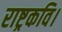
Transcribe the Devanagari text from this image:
राष्ट्रकवि।